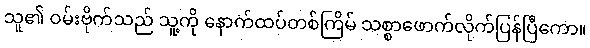
သူ၏ ဝမ်းဗိုက်သည် သူ့ကို နောက်ထပ်တစ်ကြိမ် သစ္စာဖောက်လိုက်ပြန်ပြီကော။